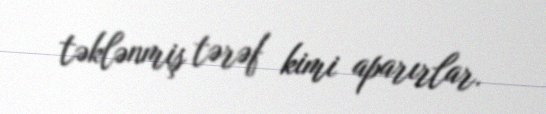
təklənmiş tərəf kimi aparırlar.